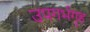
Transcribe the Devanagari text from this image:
उपगर्भगृह